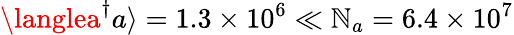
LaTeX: \langlea^{\dagger}a\rangle=1.3\times10^{6}\ll\mathbb{N}_{a}=6.4\times10^{7}